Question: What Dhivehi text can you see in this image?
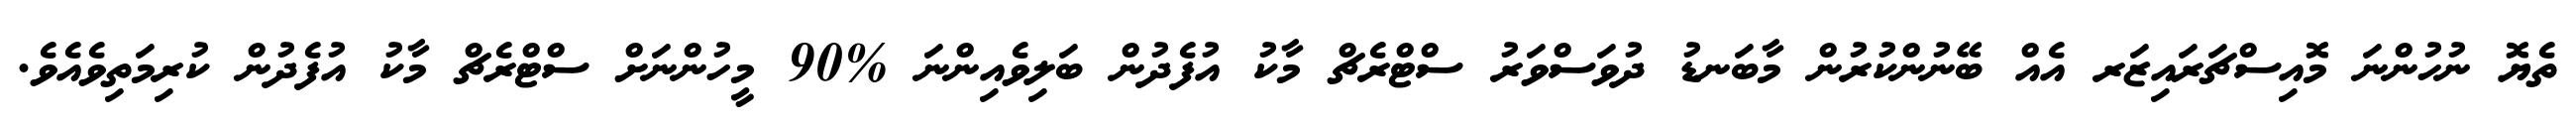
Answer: ތެޔޮ ނުހުންނަ މޮއިސްޗަރައިޒަރ އެއް ބޭނުންކުރުން މާބަނޑު ދުވަސްވަރު ސްޓްރެޗް މާކު އުފެދުން ބަލިވެއިންނަ %90 މީހުންނަށް ސްޓްރެޗް މާކު އުފެދުން ކުރިމަތިވެއެވެ.